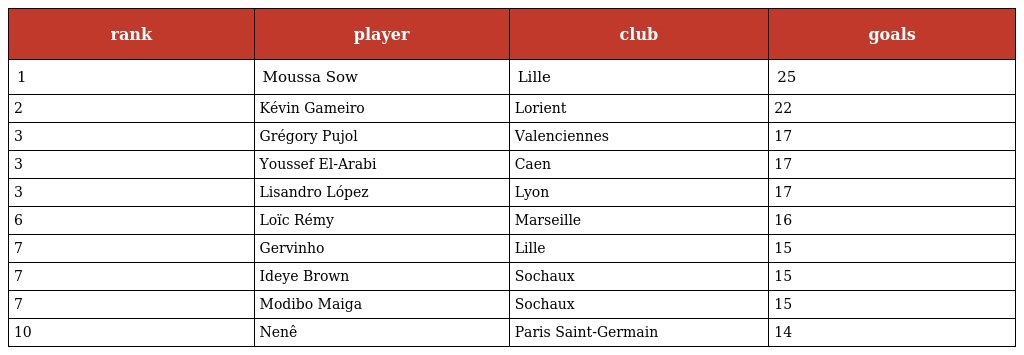
| rank | player | club | goals |
 | --- | --- | --- | --- |
 | 1 | Moussa Sow | Lille | 25 |
 | 2 | Kévin Gameiro | Lorient | 22 |
 | 3 | Grégory Pujol | Valenciennes | 17 |
 | 3 | Youssef El-Arabi | Caen | 17 |
 | 3 | Lisandro López | Lyon | 17 |
 | 6 | Loïc Rémy | Marseille | 16 |
 | 7 | Gervinho | Lille | 15 |
 | 7 | Ideye Brown | Sochaux | 15 |
 | 7 | Modibo Maiga | Sochaux | 15 |
 | 10 | Nenê | Paris Saint-Germain | 14 |